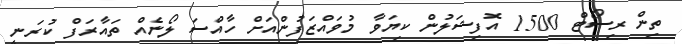
ތިން ރިސޯޓް 1500 އޮފިޝަލުން ކިޔަވާ މުވައްޒަފުންއަށް ހާއްސަ ލޯނެއް ތައާރަފް ކުރަނީ